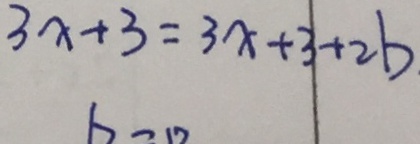
3 x + 3 = 3 x + 3 + 2 b